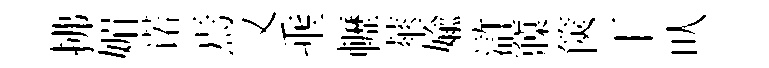
拂媚诺焉又埀轣蕐媮滸䆿篋丅㕥